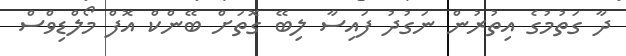
ދާ ގަތުމުގެ އިތުރުން ނަގުދު ފައިސާ ލިބޭ ގޮތަށް ބޭންކް އޮފް މޯލްޑިވްސް